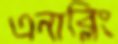
এনাব্লিং